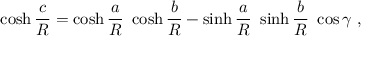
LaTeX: \cosh { \frac { c } { R } } = \cosh { \frac { a } { R } } \ \cosh { \frac { b } { R } } - \sinh { \frac { a } { R } } \ \sinh { \frac { b } { R } } \ \cos \gamma \ ,